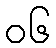
၀၆